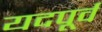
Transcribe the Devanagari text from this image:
यदपूर्वं